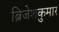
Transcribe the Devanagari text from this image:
ब्रिजेशकुमार